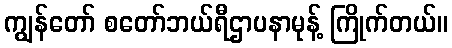
ကျွန်တော် စတော်ဘယ်ရီဌာပနာမုန့် ကြိုက်တယ်။